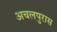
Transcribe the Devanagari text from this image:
अचलपुरास